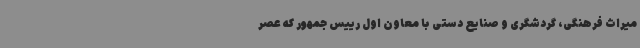
میراث فرهنگی، گردشگری و صنایع دستی با معاون اول رییس جمهور که عصر